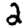
Digit: 2